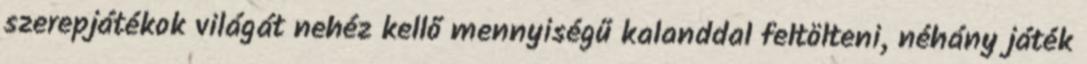
szerepjátékok világát nehéz kellő mennyiségű kalanddal feltölteni, néhány játék